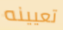
تعيينه